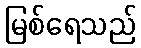
မြစ်ရေသည်